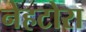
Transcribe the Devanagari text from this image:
नेहटोरा